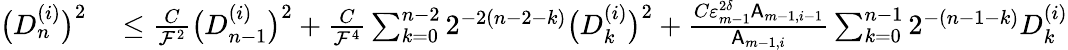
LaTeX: \begin{array}{rl}{\bigl(D_{n}^{(i)}\bigr)^{2}}&{{}\leq\frac{C}{\mathcal{F}^{2}}\bigl(D_{n-1}^{(i)}\bigr)^{2}+\frac{C}{\mathcal{F}^{4}}\sum_{k=0}^{n-2}2^{-2(n-2-k)}\bigl(D_{k}^{(i)}\bigr)^{2}+\frac{C\varepsilon_{m-1}^{2\delta}\mathsf{A}_{m-1,i-1}}{\mathsf{A}_{m-1,i}}\sum_{k=0}^{n-1}2^{-(n-1-k)}D_{k}^{(i)}}\end{array}